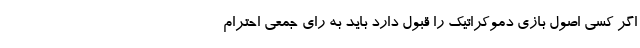
اگر کسی اصول بازی دموکراتیک را قبول دارد باید به رای جمعی احترام